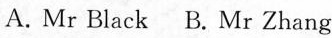
A. Mr Black B. Mr Zhang